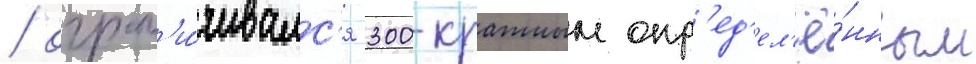
/ огран'и́чивалс'я 300-кратным опр'ед'ел'ё́нным